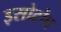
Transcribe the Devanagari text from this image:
इसोटोप